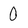
Character: 0